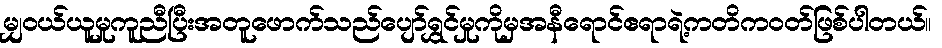
မျှဝယ်ယူမှုကူညီပြီးအတူဖောက်သည်ပျော်ရွှင်မှုကိုမှအနီရောင်ဧရာရဲ့ကတိကဝတ်ဖြစ်ပါတယ်။